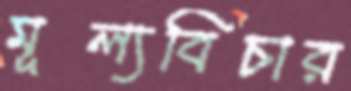
মূল্যবিচার